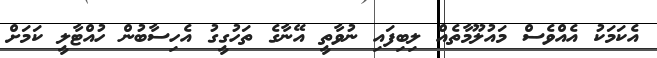
އެކަމަކު އެއްވެސް މައުލޫމާތެއް ލިބިފައި ނުވާތީ އޭނާގެ ތަހުގީގު އެހިސާބުން ހުއްޓާލީ ކަމަށް